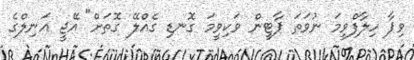
ވިޕާ ހިލާފްވީމަ ނުވަތަ ޕާޓީން ވަކިވީމަ ގޮނޑި ގެއްލޭ ގޮތަށް" އޭޖީ އަނިލްގެ